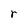
Character: r